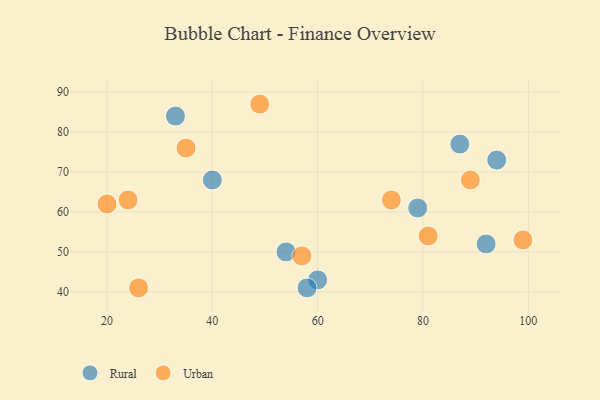
{"axis": {"x": "GDP", "y": "Life Expectancy"}, "legend": ["Rural", "Urban"], "data": [{"x": "87", "y": 77, "type": "Rural"}, {"x": "54", "y": 50, "type": "Rural"}, {"x": "40", "y": 68, "type": "Rural"}, {"x": "60", "y": 43, "type": "Rural"}, {"x": "58", "y": 41, "type": "Rural"}, {"x": "92", "y": 52, "type": "Rural"}, {"x": "33", "y": 84, "type": "Rural"}, {"x": "79", "y": 61, "type": "Rural"}, {"x": "94", "y": 73, "type": "Rural"}, {"x": "99", "y": 53, "type": "Urban"}, {"x": "26", "y": 41, "type": "Urban"}, {"x": "49", "y": 87, "type": "Urban"}, {"x": "20", "y": 62, "type": "Urban"}, {"x": "57", "y": 49, "type": "Urban"}, {"x": "24", "y": 63, "type": "Urban"}, {"x": "35", "y": 76, "type": "Urban"}, {"x": "89", "y": 68, "type": "Urban"}, {"x": "74", "y": 63, "type": "Urban"}, {"x": "81", "y": 54, "type": "Urban"}]}